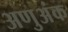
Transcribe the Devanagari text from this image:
अणुअंक